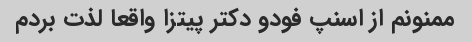
ممنونم از اسنپ فودو دکتر پیتزا واقعا لذت بردم